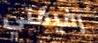
رفيقتي